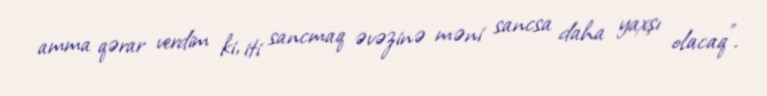
amma qərar verdim ki, iti sancmaq əvəzinə məni sancsa daha yaxşı olacaq”.